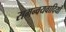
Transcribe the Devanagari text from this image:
समन्वयवादियों